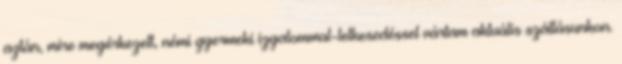
aztán, mire megérkezett, némi gyermeki izgalommal-lelkesedéssel vártam aktuális szállásunkon.